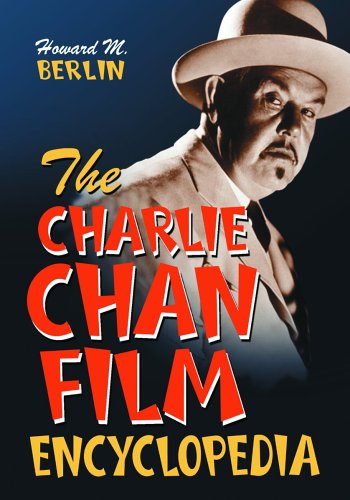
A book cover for The Charlie Chan Film Encyclopedia; Howard M. Berlin; Mystery, Thriller & Suspense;